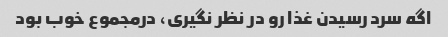
اگه سرد رسیدن غذا رو در نظر نگیری، درمجموع خوب بود